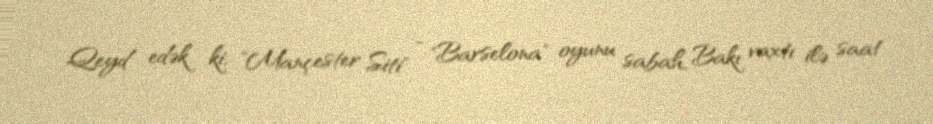
Qeyd edək ki, "Mançester Siti" - "Barselona" oyunu sabah, Bakı vaxtı ilə saat